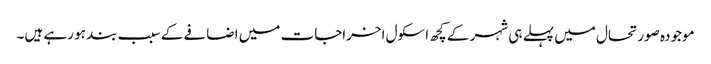
موجودہ صورتحال میں پہلے ہی شہر کے کچھ اسکول اخراجات میں اضافے کے سبب بند ہو رہے ہیں۔